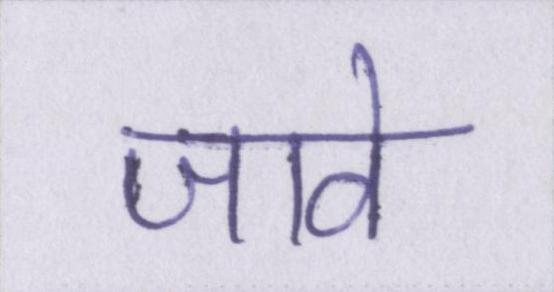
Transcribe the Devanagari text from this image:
जावे